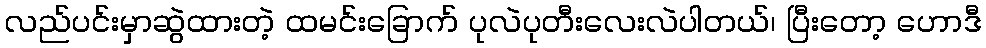
လည်ပင်းမှာဆွဲထားတဲ့ ထမင်းခြောက် ပုလဲပုတီးလေးလဲပါတယ်၊ ပြီးတော့ ဟောဒီ